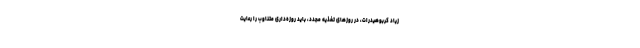
زیاد کربوهیدرات، در روزهای تغذیه مجدد، باید روزه‌داری متناوب را رعایت